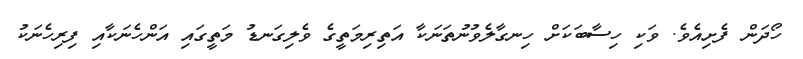
ހޯދަން ފެށިއެވެ. ވަކި ހިސާބަކަށް ހިނގާލެވުނުތަނަކާ އަތިރިމަތީގެ ވެލިގަނޑު މަތީގައި އަންހެނަކާއި ފިރިހެނަކު